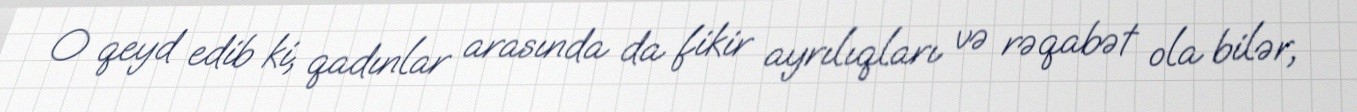
O qeyd edib ki, qadınlar arasında da fikir ayrılıqları və rəqabət ola bilər,